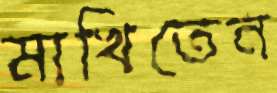
মাখিতেন